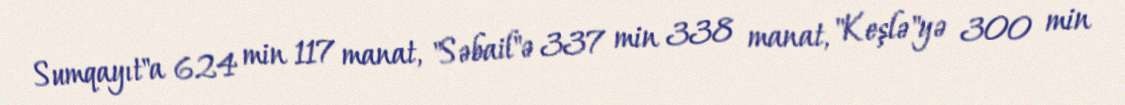
Sumqayıt"a 624 min 117 manat, "Səbail"ə 337 min 338 manat, "Keşlə"yə 300 min